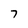
Character: 7